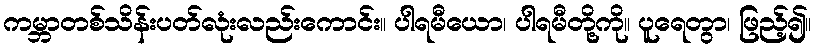
ကမ္ဘာတစ်သိန်းပတ်လုံးလည်းကောင်း။ ပါရမီယော၊ ပါရမီတို့ကို။ ပူရေတွာ၊ ဖြည့်၍။